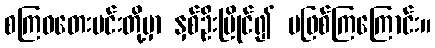
စကြဝတေးမင်းတို့မှာ နှစ်ဦးပြိုင်၍ မဖြစ်ကြကြောင်း။